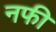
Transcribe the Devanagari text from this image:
नफी